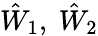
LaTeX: \hat{W}_{1},~\hat{W}_{2}